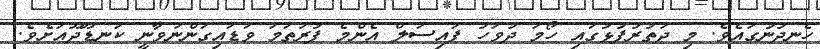
ހެނދުނުގައެވެ. މި ދަތުރުފުޅުގައި ހޯމަ ދުވަހު ފައިސަލް އެންމެ ފުރަތަމަ ވަޑައިގަންނަވާނީ ކަނޑޫދޫއަށެވެ.